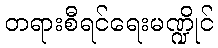
တရားစီရင်ရေးမဏ္ဍိုင်